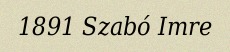
1891 Szabó Imre